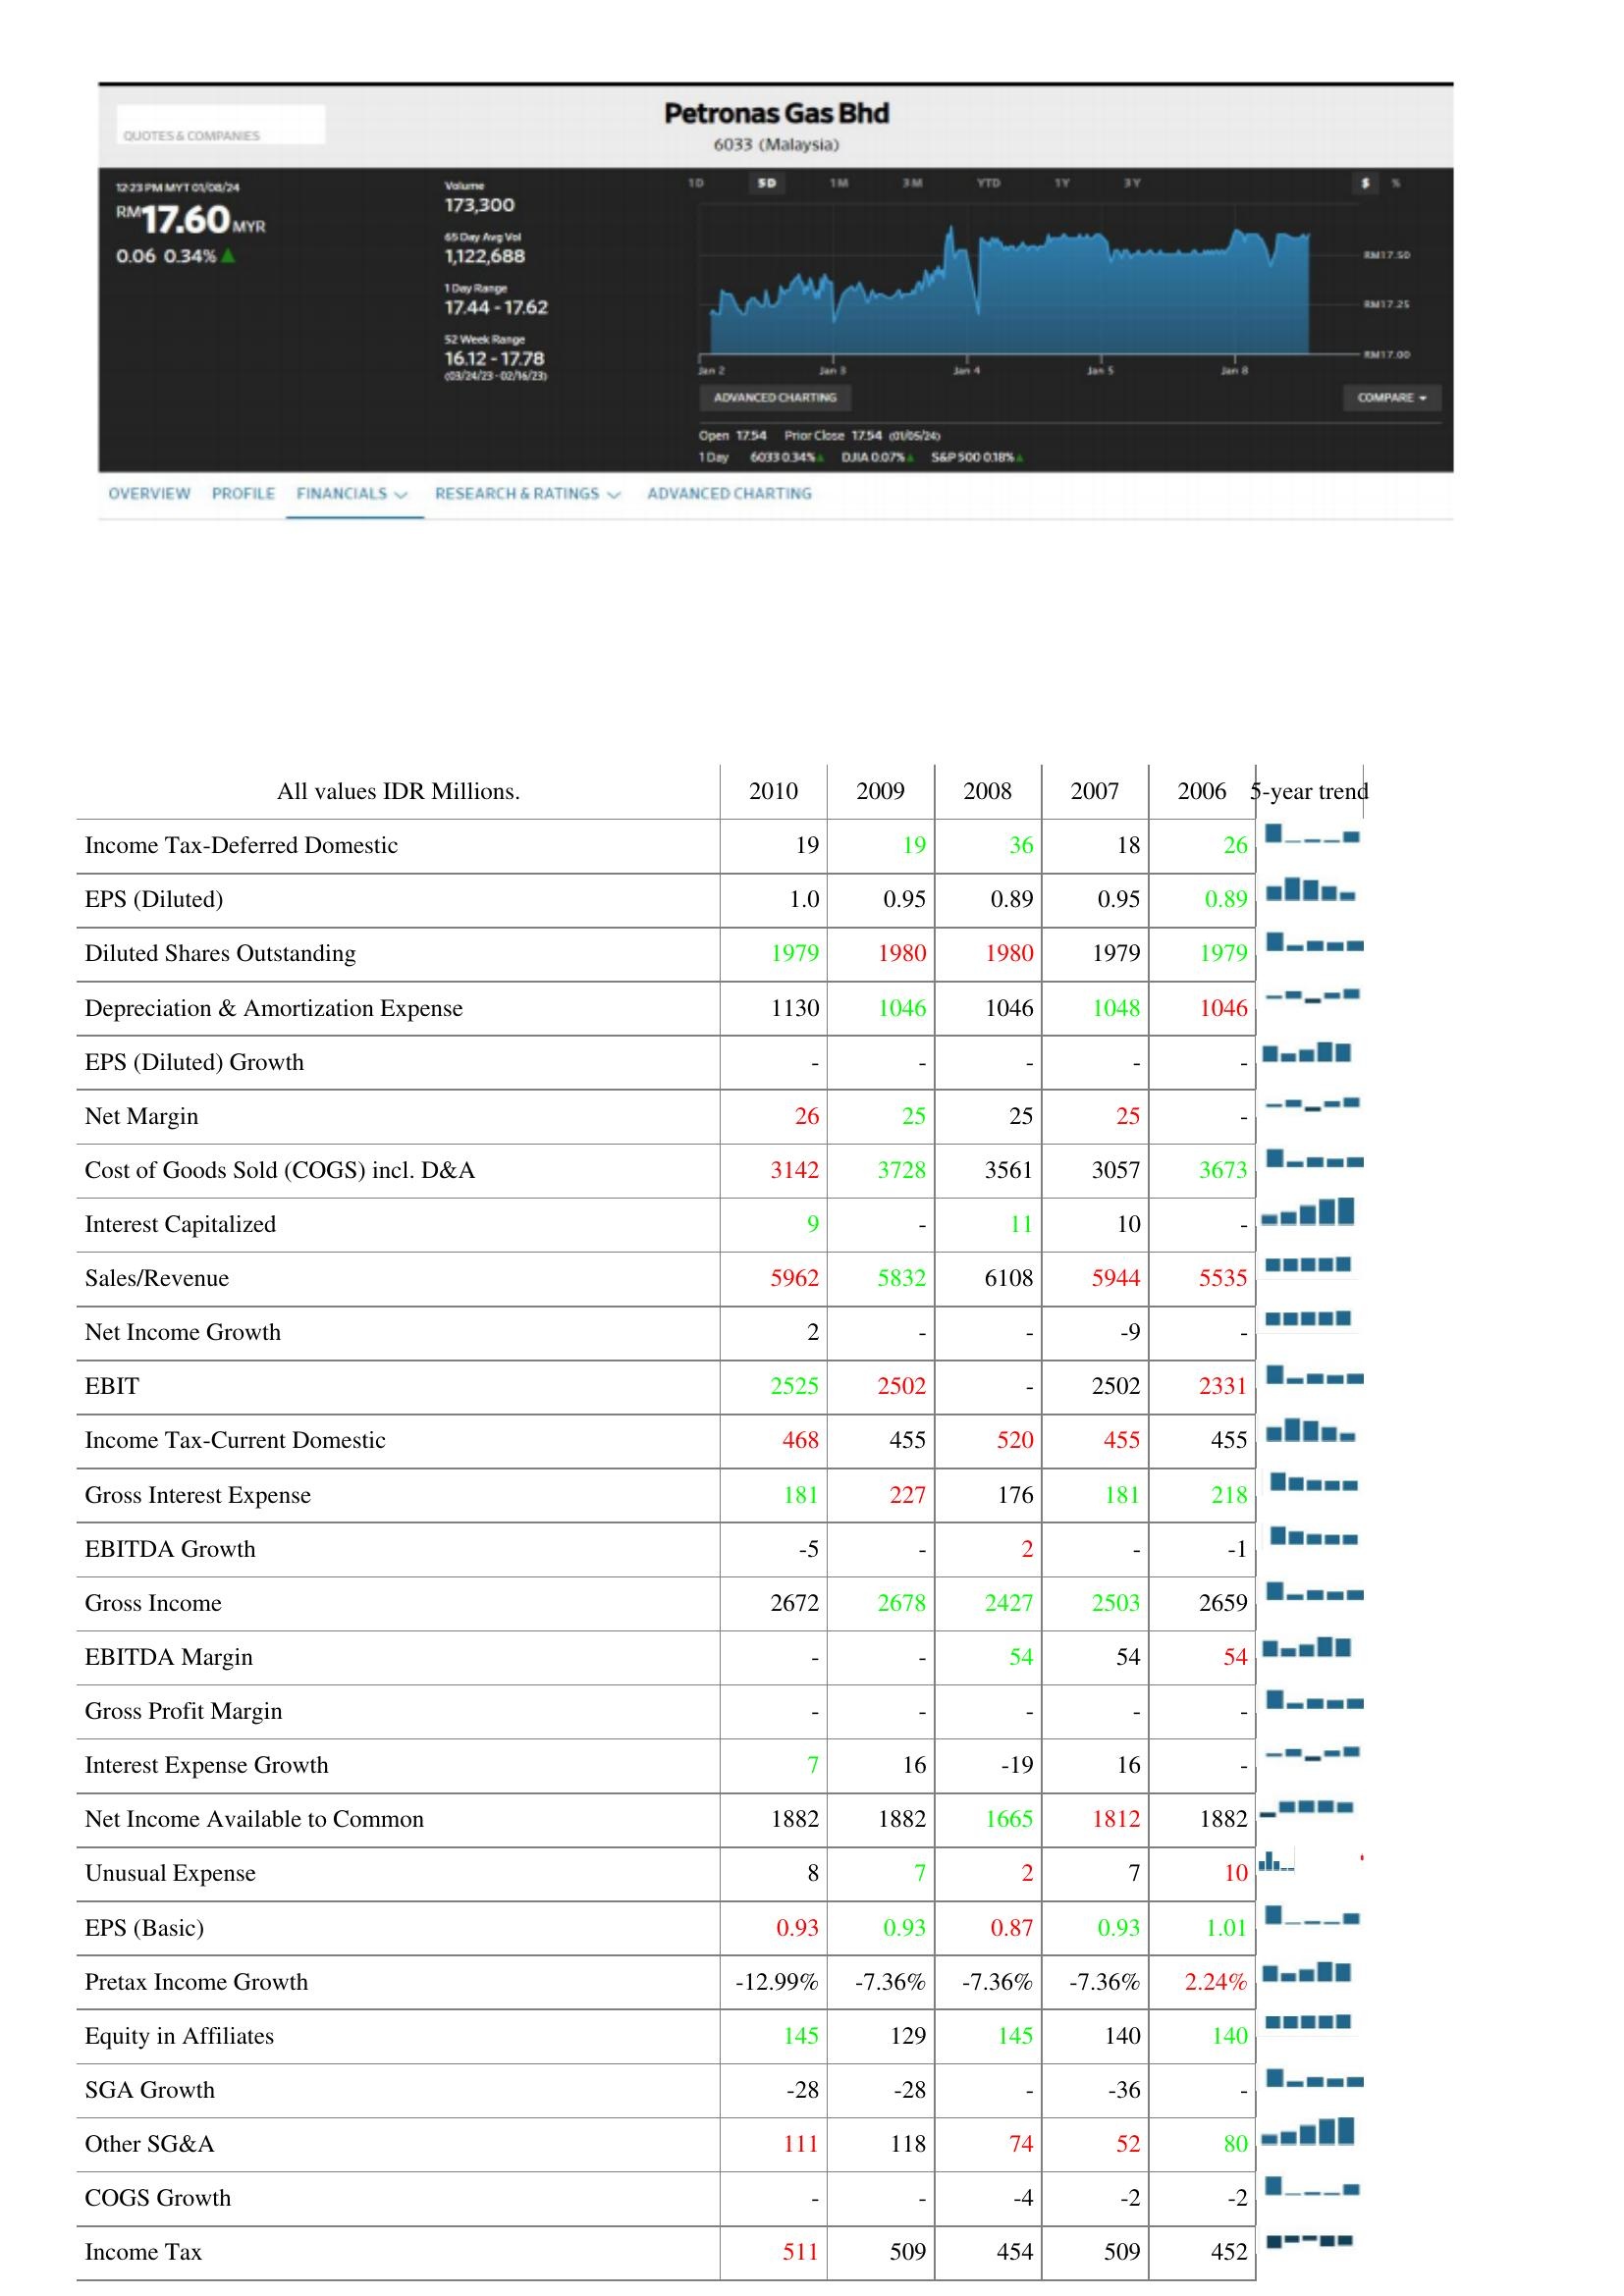
2010: : Income Tax-Deferred Domestic: 19
EPS (Diluted): 1.0
Diluted Shares Outstanding: 1979
Depreciation & Amortization Expense: 1130
EPS (Diluted) Growth: -
Net Margin: 26
Cost of Goods Sold (COGS) incl. D&A: 3142
Interest Capitalized: 9
Sales/Revenue: 5962
Net Income Growth: 2
EBIT: 2525
Income Tax-Current Domestic: 468
Gross Interest Expense: 181
EBITDA Growth: -5
Gross Income: 2672
EBITDA Margin: -
Gross Profit Margin: -
Interest Expense Growth: 7
Net Income Available to Common: 1882
Unusual Expense: 8
EPS (Basic): 0.93
Pretax Income Growth: -12.99%
Equity in Affiliates: 145
SGA Growth: -28
Other SG&A: 111
COGS Growth: -
Income Tax: 511
2009: : Income Tax-Deferred Domestic: 19
EPS (Diluted): 0.95
Diluted Shares Outstanding: 1980
Depreciation & Amortization Expense: 1046
EPS (Diluted) Growth: -
Net Margin: 25
Cost of Goods Sold (COGS) incl. D&A: 3728
Interest Capitalized: -
Sales/Revenue: 5832
Net Income Growth: -
EBIT: 2502
Income Tax-Current Domestic: 455
Gross Interest Expense: 227
EBITDA Growth: -
Gross Income: 2678
EBITDA Margin: -
Gross Profit Margin: -
Interest Expense Growth: 16
Net Income Available to Common: 1882
Unusual Expense: 7
EPS (Basic): 0.93
Pretax Income Growth: -7.36%
Equity in Affiliates: 129
SGA Growth: -28
Other SG&A: 118
COGS Growth: -
Income Tax: 509
2008: : Income Tax-Deferred Domestic: 36
EPS (Diluted): 0.89
Diluted Shares Outstanding: 1980
Depreciation & Amortization Expense: 1046
EPS (Diluted) Growth: -
Net Margin: 25
Cost of Goods Sold (COGS) incl. D&A: 3561
Interest Capitalized: 11
Sales/Revenue: 6108
Net Income Growth: -
EBIT: -
Income Tax-Current Domestic: 520
Gross Interest Expense: 176
EBITDA Growth: 2
Gross Income: 2427
EBITDA Margin: 54
Gross Profit Margin: -
Interest Expense Growth: -19
Net Income Available to Common: 1665
Unusual Expense: 2
EPS (Basic): 0.87
Pretax Income Growth: -7.36%
Equity in Affiliates: 145
SGA Growth: -
Other SG&A: 74
COGS Growth: -4
Income Tax: 454
2007: : Income Tax-Deferred Domestic: 18
EPS (Diluted): 0.95
Diluted Shares Outstanding: 1979
Depreciation & Amortization Expense: 1048
EPS (Diluted) Growth: -
Net Margin: 25
Cost of Goods Sold (COGS) incl. D&A: 3057
Interest Capitalized: 10
Sales/Revenue: 5944
Net Income Growth: -9
EBIT: 2502
Income Tax-Current Domestic: 455
Gross Interest Expense: 181
EBITDA Growth: -
Gross Income: 2503
EBITDA Margin: 54
Gross Profit Margin: -
Interest Expense Growth: 16
Net Income Available to Common: 1812
Unusual Expense: 7
EPS (Basic): 0.93
Pretax Income Growth: -7.36%
Equity in Affiliates: 140
SGA Growth: -36
Other SG&A: 52
COGS Growth: -2
Income Tax: 509
2006: : Income Tax-Deferred Domestic: 26
EPS (Diluted): 0.89
Diluted Shares Outstanding: 1979
Depreciation & Amortization Expense: 1046
EPS (Diluted) Growth: -
Net Margin: -
Cost of Goods Sold (COGS) incl. D&A: 3673
Interest Capitalized: -
Sales/Revenue: 5535
Net Income Growth: -
EBIT: 2331
Income Tax-Current Domestic: 455
Gross Interest Expense: 218
EBITDA Growth: -1
Gross Income: 2659
EBITDA Margin: 54
Gross Profit Margin: -
Interest Expense Growth: -
Net Income Available to Common: 1882
Unusual Expense: 10
EPS (Basic): 1.01
Pretax Income Growth: 2.24%
Equity in Affiliates: 140
SGA Growth: -
Other SG&A: 80
COGS Growth: -2
Income Tax: 452